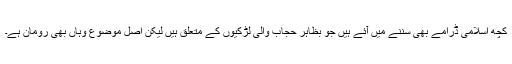
کچھ اسلامی ڈرامے بھی سننے میں آئے ہیں جو بظاہر حجاب والی لڑکیوں کے متعلق ہیں لیکن اصل موضوع وہاں بھی رومان ہے۔